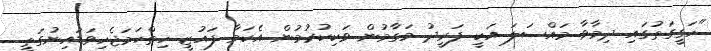
"ހަގީގަތުގައި ދިމާވާ މައްސަލަ އަކީ ފަރީދު މަގާމުން ވަކިކުރުމުން އެކަމާ ފައުޒީ ހިތްހަމަޖެހިވަޑައިނުގަތީ.